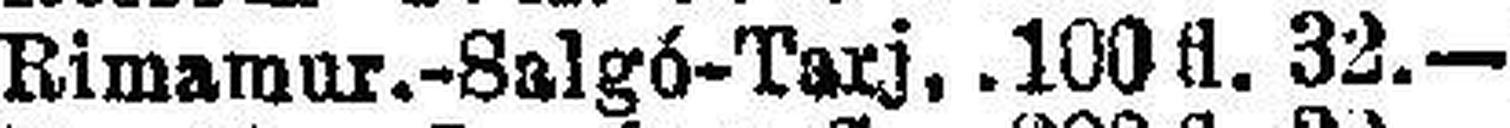
Rimarmur-Salgó-Tarj. 100 fl. 32.—